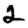
Digit: 2